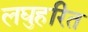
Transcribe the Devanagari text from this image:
लघुहरित